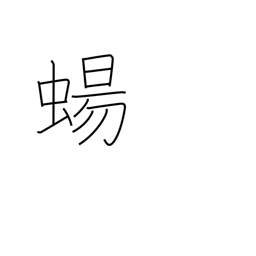
Meaning: lizard